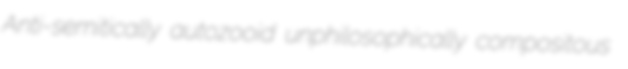
Anti-semitically autozooid unphilosophically compositous